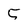
Character: 5